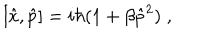
LaTeX: [ \hat { x } , \hat { p } ] = i \hbar ( 1 + \beta \hat { p } ^ { 2 } ) \; ,